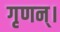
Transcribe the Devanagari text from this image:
गृणन्।